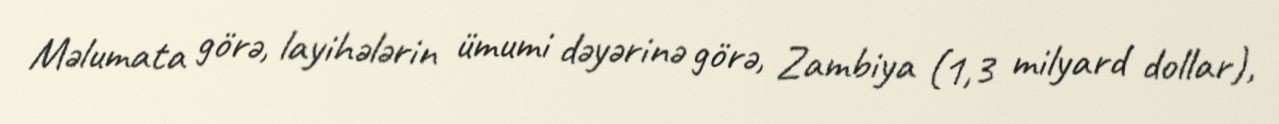
Məlumata görə, layihələrin ümumi dəyərinə görə, Zambiya (1,3 milyard dollar),